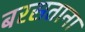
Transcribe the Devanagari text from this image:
बरसताना